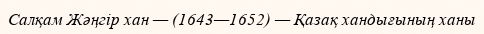
Салқам Жәңгір хан — (1643—1652) — Қазақ хандығының ханы